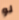
لو